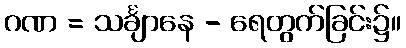
ဂဏ = သင်္ချာနေ - ရေတွက်ခြင်း၌။